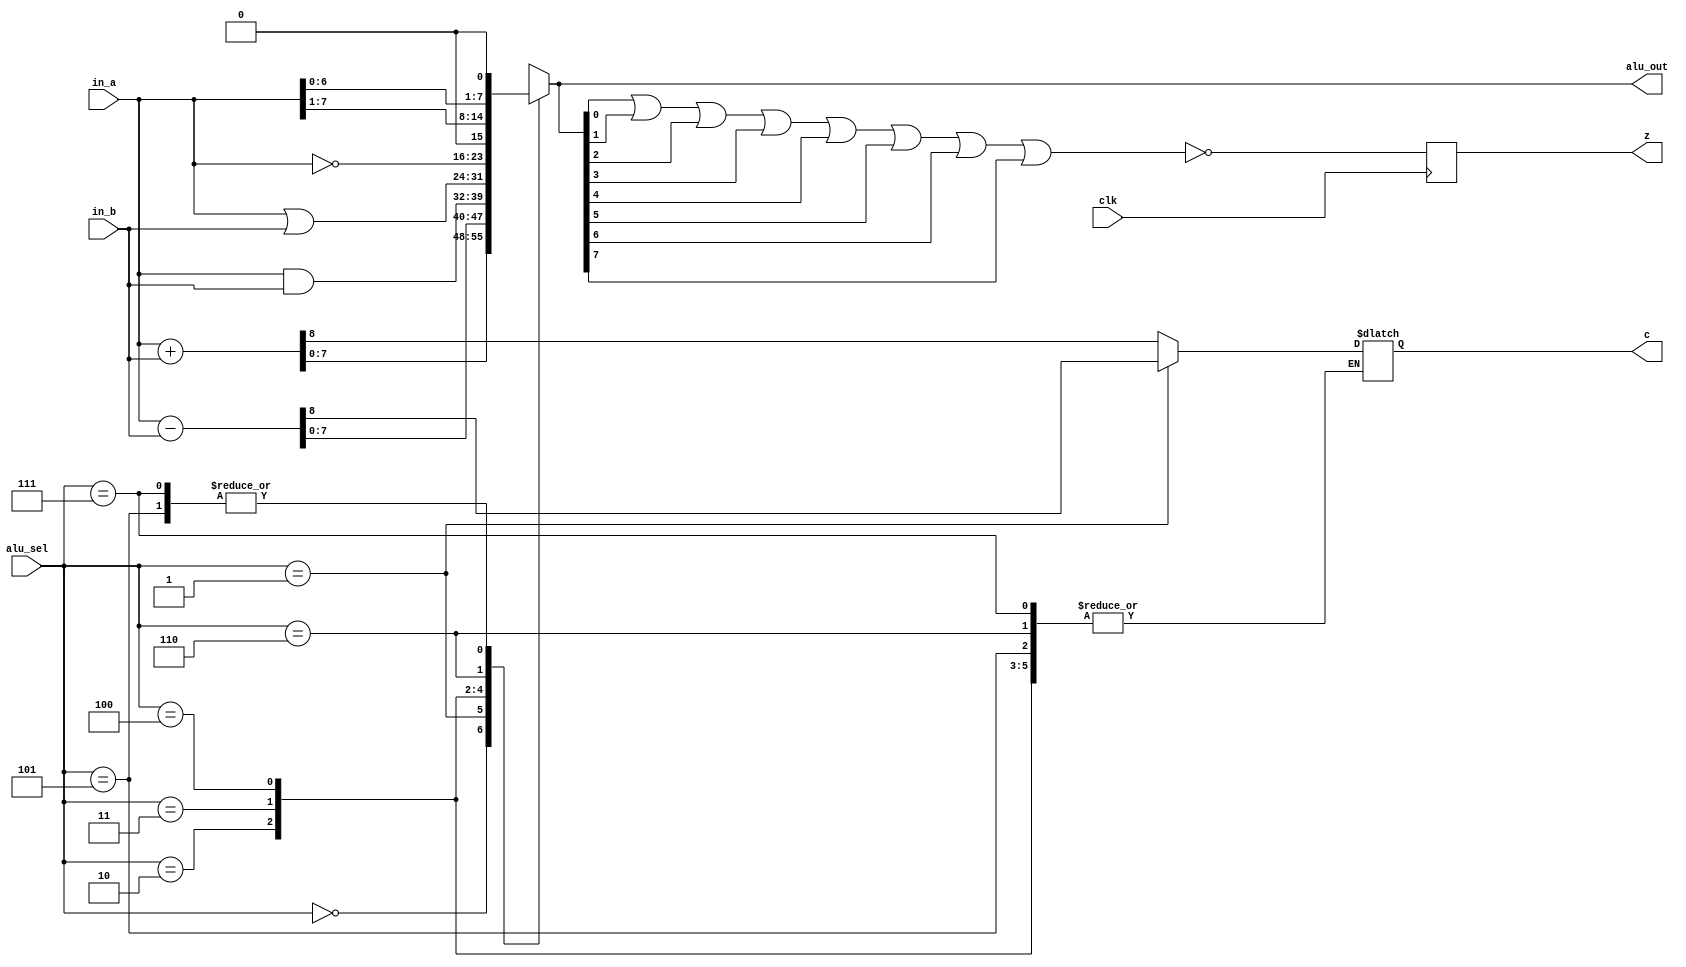
module alu(
 input [7:0] in_a, in_b,
 input clk, //zflag,
 input [2:0] alu_sel,
 output reg [7:0] alu_out,
 output reg z, c
);

 always@(*)
 	begin
 	case(alu_sel)
		3'b000: {c, alu_out} = in_a + in_b;
		3'b001: {c, alu_out} = in_a - in_b;
		3'b010: alu_out = in_a & in_b;
		3'b011: alu_out = in_a | in_b;
		3'b100: alu_out = ~in_a;
		3'b101: alu_out = in_a << 1;
		3'b110: alu_out = in_a >> 1;
		3'b111: alu_out = in_a <<< 1; // pads 0 at the right while keeping the sign if it is signed
 		default: alu_out = 8'bzzzzzzzz;
	endcase
	end
 always@(posedge clk)
 	begin
	z = ~(alu_out[0]|alu_out[1]|alu_out[2]|alu_out[3]
	      |alu_out[4]|alu_out[5]|alu_out[6]|alu_out[7]);
   	end
endmodule